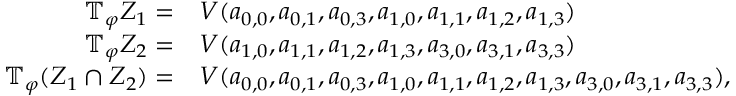
\begin{array} { r l } { \mathbb { T } _ { \varphi } Z _ { 1 } = } & { V ( a _ { 0 , 0 } , a _ { 0 , 1 } , a _ { 0 , 3 } , a _ { 1 , 0 } , a _ { 1 , 1 } , a _ { 1 , 2 } , a _ { 1 , 3 } ) } \\ { \mathbb { T } _ { \varphi } Z _ { 2 } = } & { V ( a _ { 1 , 0 } , a _ { 1 , 1 } , a _ { 1 , 2 } , a _ { 1 , 3 } , a _ { 3 , 0 } , a _ { 3 , 1 } , a _ { 3 , 3 } ) } \\ { \mathbb { T } _ { \varphi } ( Z _ { 1 } \cap Z _ { 2 } ) = } & { V ( a _ { 0 , 0 } , a _ { 0 , 1 } , a _ { 0 , 3 } , a _ { 1 , 0 } , a _ { 1 , 1 } , a _ { 1 , 2 } , a _ { 1 , 3 } , a _ { 3 , 0 } , a _ { 3 , 1 } , a _ { 3 , 3 } ) , } \end{array}